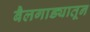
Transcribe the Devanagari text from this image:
बैलगाड्यातून